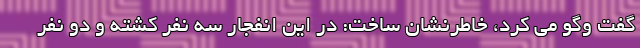
گفت وگو می کرد، خاطرنشان ساخت: در این انفجار سه نفر کشته و دو نفر